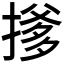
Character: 𪮟